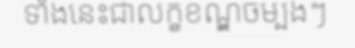
ទាំងនេះជាលក្ខខណ្ឌចម្បងៗ